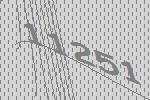
11251